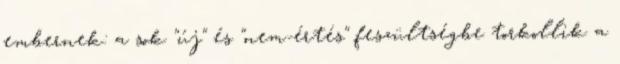
embernek: a sok "új" és "nem-értés" feszültségbe torkollik a